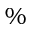
\%